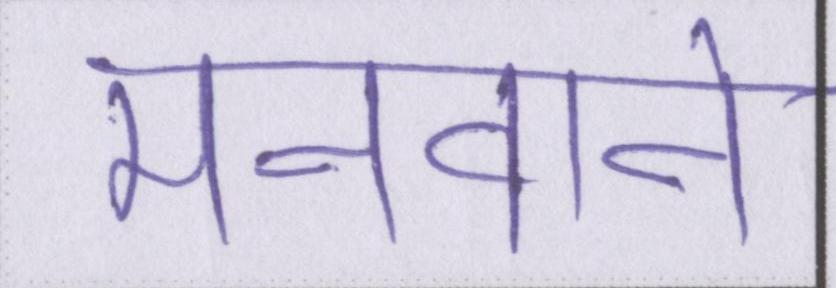
मनवाने